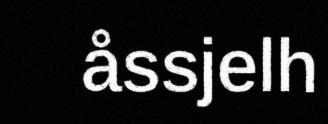
åssjelh